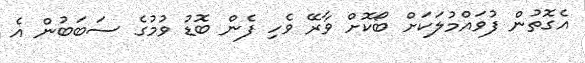
އެގޮތުން ފުވައްމުލަކަށް ބޯކޮށް ވާރޭ ވެހި ފެން ބޮޑު ވުމުގެ ސަބަބުން އެ